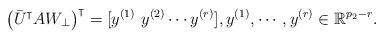
LaTeX: \begin{align*}\left(\bar{U}^{\intercal} AW_{\perp}\right)^{\intercal} = [y^{(1)} ~ y^{(2)} \cdots y^{(r)}], y^{(1)},\cdots, y^{(r)}\in \mathbb{R}^{p_2-r}.\end{align*}